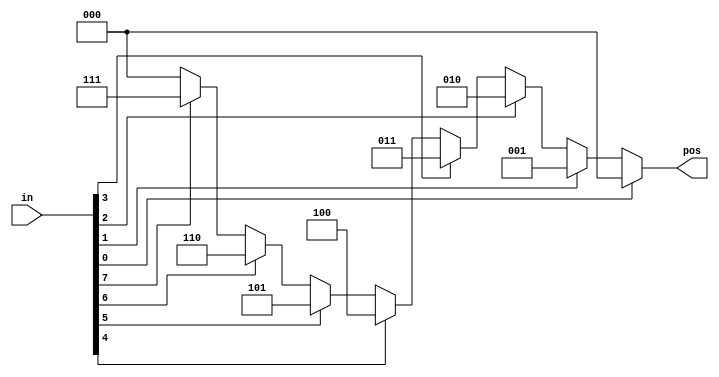
// synthesis verilog_input_version verilog_2001
module top_module (
    input [7:0] in,
    output reg [2:0] pos );
    always@(*)begin
        casez(in)
            8'bZZZZZZZ1:pos = 3'd0;
            8'bZZZZZZ1Z:pos = 3'd1;
            8'bZZZZZ1ZZ:pos = 3'd2;
            8'bZZZZ1ZZZ:pos = 3'd3;
            8'bZZZ1ZZZZ:pos = 3'd4;
            8'bZZ1ZZZZZ:pos = 3'd5;
            8'bZ1ZZZZZZ:pos = 3'd6;
            8'b1ZZZZZZZ:pos = 3'd7;
            default: pos = 3'd0;
        endcase
    end

endmodule